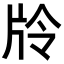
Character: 𭷊